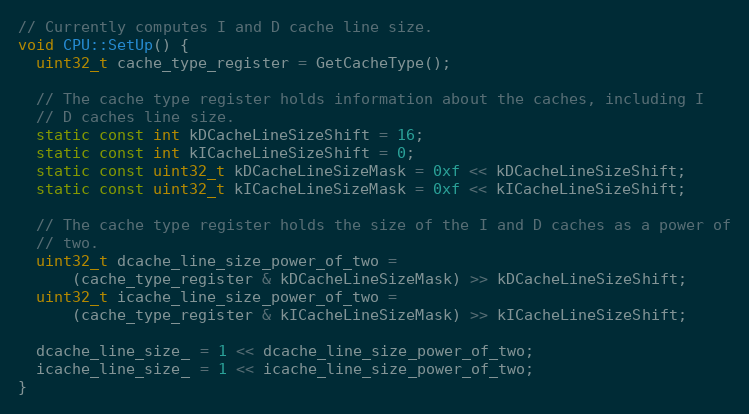
Language: C++
// Currently computes I and D cache line size.
void CPU::SetUp() {
  uint32_t cache_type_register = GetCacheType();

  // The cache type register holds information about the caches, including I
  // D caches line size.
  static const int kDCacheLineSizeShift = 16;
  static const int kICacheLineSizeShift = 0;
  static const uint32_t kDCacheLineSizeMask = 0xf << kDCacheLineSizeShift;
  static const uint32_t kICacheLineSizeMask = 0xf << kICacheLineSizeShift;

  // The cache type register holds the size of the I and D caches as a power of
  // two.
  uint32_t dcache_line_size_power_of_two =
      (cache_type_register & kDCacheLineSizeMask) >> kDCacheLineSizeShift;
  uint32_t icache_line_size_power_of_two =
      (cache_type_register & kICacheLineSizeMask) >> kICacheLineSizeShift;

  dcache_line_size_ = 1 << dcache_line_size_power_of_two;
  icache_line_size_ = 1 << icache_line_size_power_of_two;
}